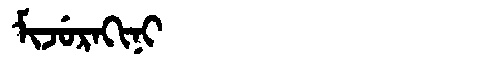
Manchu: ᠮᡳᠵᡠᡵᠠᡴᡳᠨᡳ
Romanization: MIJURAKINI